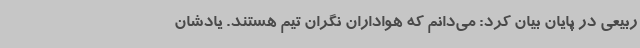
ربیعی در پایان بیان کرد: می‌دانم که هواداران نگران تیم هستند. یادشان